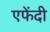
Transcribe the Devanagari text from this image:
एफेंदी